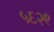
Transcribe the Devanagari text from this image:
५६२९